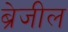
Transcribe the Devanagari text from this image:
ब्रेजील